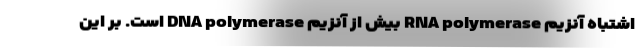
اشتباه آنزیم RNA polymerase بیش از آنزیم DNA polymerase است. بر این